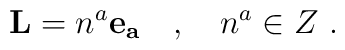
{\bf L}= n^a {\bf e_a}\quad, \quad n^a \in Z\ .